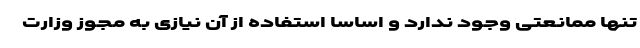
تنها ممانعتی وجود ندارد و اساساً استفاده از آن نیازی به مجوز وزارت